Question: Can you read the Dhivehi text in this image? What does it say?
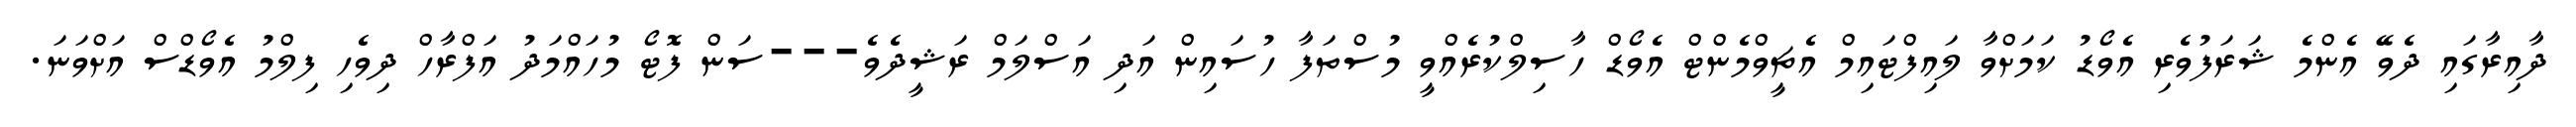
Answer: ދާއިރާގައި ދެވޭ އެންމެ ޝަރަފުވެރި އެވޯޑު ކަމަށްވާ ލައިފްޓައިމް އެޗީވްމެންޓް އެވޯޑް ހާސިލްކުރެއްވީ މުސްތަފާ ހުސައިން އަދި އަސްލަމް ރަޝީދެވެ---ސަން ފޮޓޯ މުހައްމަދު އަފްރާހް ދިވެހި ފިލްމު އެވޯޑްސް އަށްވަނަ.